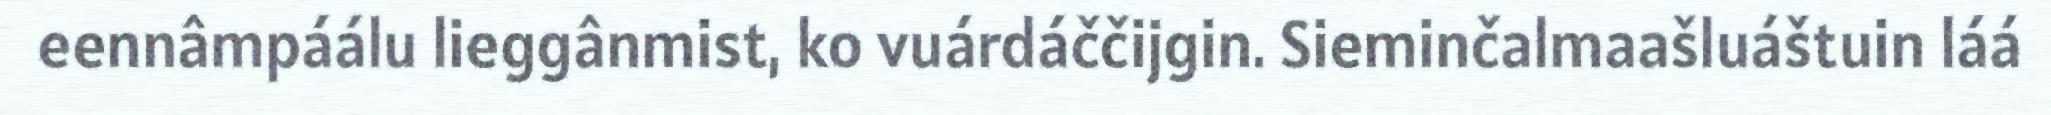
eennâmpáálu lieggânmist, ko vuárdáččijgin. Sieminčalmaašluáštuin láá